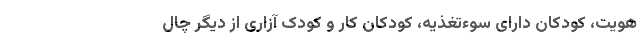
هویت، کودکان دارای سوء‌تغذیه، کودکان کار و کودک آزاری از دیگر چال